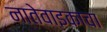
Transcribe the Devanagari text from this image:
नातेवाइकाचा